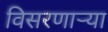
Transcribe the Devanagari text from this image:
विसरणाऱ्या